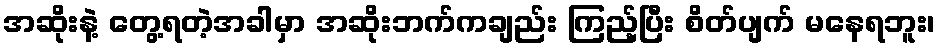
အဆိုးနဲ့ တွေ့ရတဲ့အခါမှာ အဆိုးဘက်ကချည်း ကြည့်ပြီး စိတ်ပျက် မနေရဘူး၊